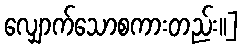
လျှောက်သောစကားတည်း၊၊]